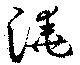
澆